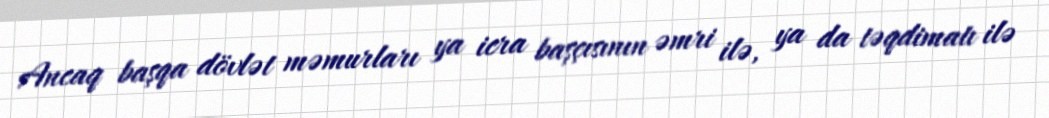
Ancaq başqa dövlət məmurları ya icra başçısının əmri ilə, ya da təqdimatı ilə